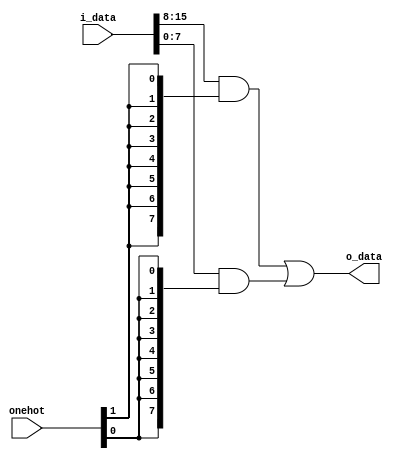
`define ONEHOT_MUX
module onehot_mux(onehot,
                  i_data, o_data);

   parameter CHANNELS = 2,
              WIDTH   = 8;

   input [CHANNELS-1:0]        onehot;
   input [CHANNELS*WIDTH-1:0]  i_data;
   output [WIDTH-1:0]          o_data;

   wire [WIDTH-1:0]            unpacked_i_data [CHANNELS-1:0];

   generate
      genvar                   i;
      for(i = 0; i < CHANNELS; i = i+1) begin: unpack_inputs
         assign unpacked_i_data[i] = i_data[((i+1)*WIDTH)-1:i*WIDTH];
      end
   endgenerate

   wire [WIDTH-1:0] interm [CHANNELS-1:0];

   generate
      genvar           j;
      wire [WIDTH-1:0] temp;
      for(j = 0; j < CHANNELS; j = j+1) begin: select_output
         if (j > 0)
           assign interm[j] = (unpacked_i_data[j] & {WIDTH{onehot[j]}}) | interm[j-1];
         else
           assign interm[j] = unpacked_i_data[j] & {WIDTH{onehot[j]}};

      end
   endgenerate

   assign o_data = interm[CHANNELS-1];

endmodule // onehot_mux